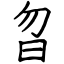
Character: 曶